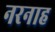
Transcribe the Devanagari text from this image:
नरनाह